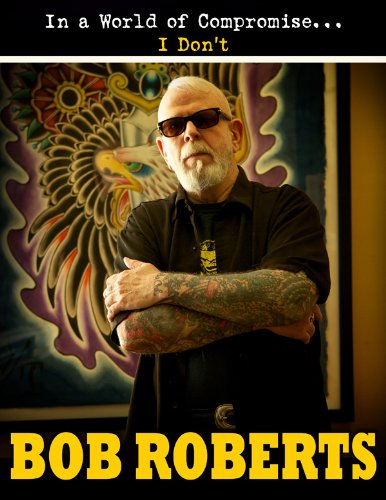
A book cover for Bob Roberts: : In a World of Compromise...I Don't; Bob Roberts; Arts & Photography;